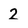
Character: 2